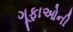
ગૂફાઓની